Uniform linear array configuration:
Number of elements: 12
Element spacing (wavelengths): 0.75
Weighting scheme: binomial
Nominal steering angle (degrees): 45
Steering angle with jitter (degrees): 45.214
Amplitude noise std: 0.05
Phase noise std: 0.05

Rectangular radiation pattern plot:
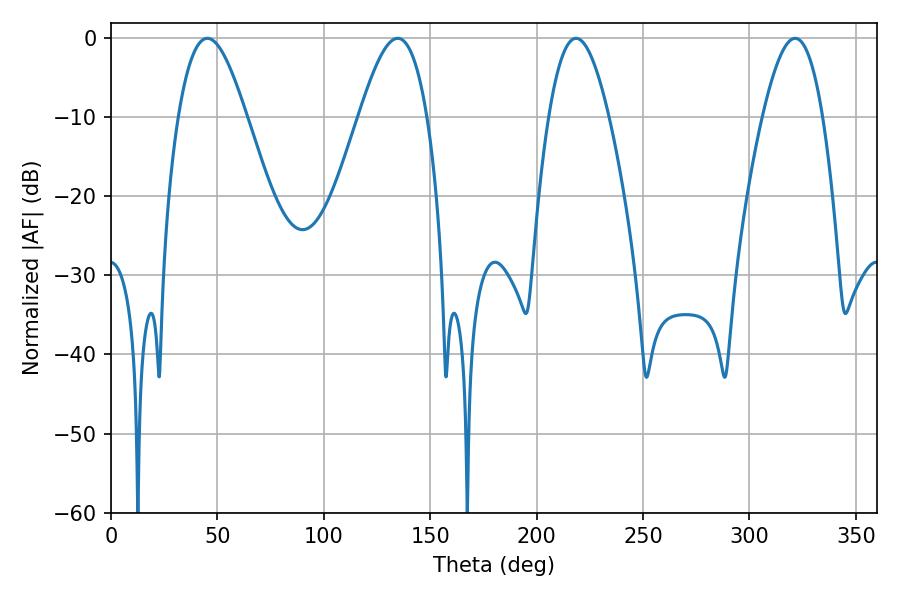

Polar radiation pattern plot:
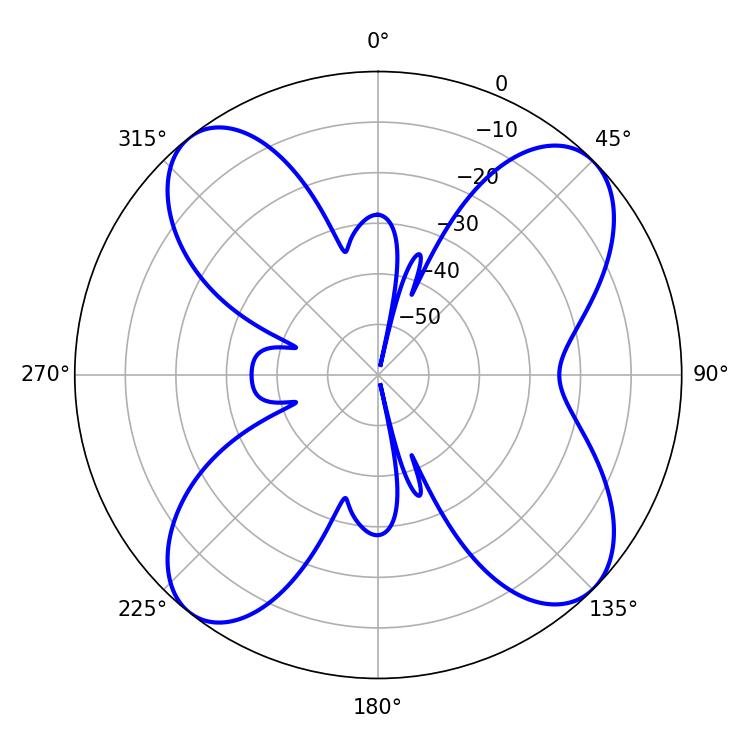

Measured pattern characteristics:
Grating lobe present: TRUE
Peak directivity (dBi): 12.441
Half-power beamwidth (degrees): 15.3
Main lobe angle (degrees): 218.52